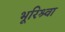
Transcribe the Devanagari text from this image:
भूरिश्र्वा